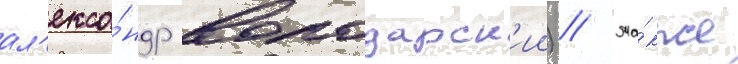
ал'екса́ндр володарск'ии) // Та́кже